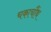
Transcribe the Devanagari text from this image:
चकाचौंथ